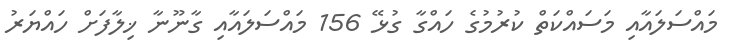
މައްސަލައާއި މަސައްކަތް ކުރުމުގެ ހައްގާ ގުޅޭ 156 މައްސަލައާއި ގާނޫނާ ޚިލާފަށް ހައްޔަރު